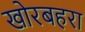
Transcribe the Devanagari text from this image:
खोरबहरा